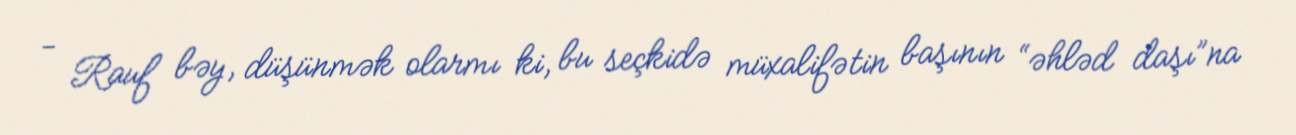
- Rauf bəy, düşünmək olarmı ki, bu seçkidə müxalifətin başının “əhləd daşı”na